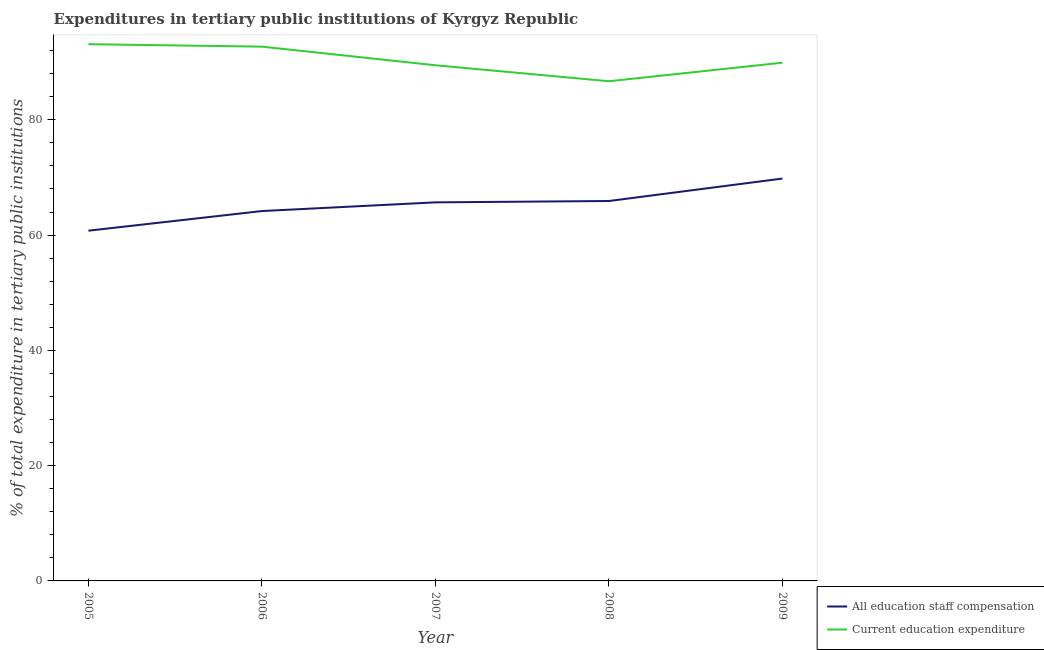
| Year | All education staff compensation | Current education expenditure |
 | --- | --- | --- |
 | 2005 | 60.8 | 93.1 |
 | 2006 | 64.2 | 92.7 |
 | 2007 | 65.7 | 89.5 |
 | 2008 | 65.9 | 86.7 |
 | 2009 | 69.8 | 89.9 |